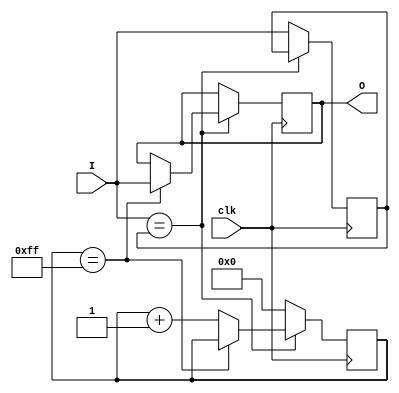
module debouncer(clk, I, O);
    
    input clk, I;
    output reg O;
    
    parameter COUNT_MAX=255, COUNT_WIDTH=8;
    reg [COUNT_WIDTH-1:0] count;
    reg Iv=0;
    always@(posedge clk)
        if (I == Iv) begin
            if (count == COUNT_MAX)
                O <= I;
            else
                count <= count + 1'b1;
        end else begin
            count <= 'b0;
            Iv <= I;
        end
    
endmodule //debouncer